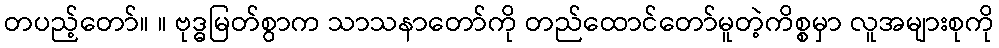
တပည့်တော်။ ။ ဗုဒ္ဓမြတ်စွာက သာသနာတော်ကို တည်ထောင်တော်မူတဲ့ကိစ္စမှာ လူအများစုကို